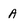
Character: A